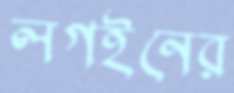
লগইনের